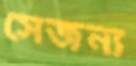
সেজন্য